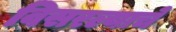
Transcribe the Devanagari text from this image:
विसरल्याचे